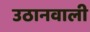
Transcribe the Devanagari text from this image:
उठानवाली